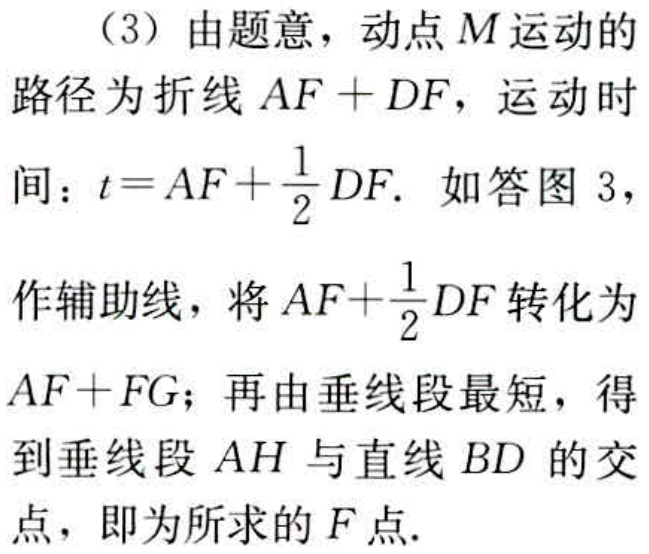
（3）由题意，动点\(M\)运动的
路径为折线 \(AF + DF\)，运动时
间：\(t = AF+\frac{1}{2}DF\). 如答图 3，
作辅助线，将 \(AF+\frac{1}{2}DF\) 转化为
\(AF + FG\)；再由垂线段最短，得
到垂线段 \(AH\) 与直线 \(BD\) 的交
点，即为所求的 \(F\) 点.